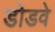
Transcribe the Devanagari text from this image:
डोडवे